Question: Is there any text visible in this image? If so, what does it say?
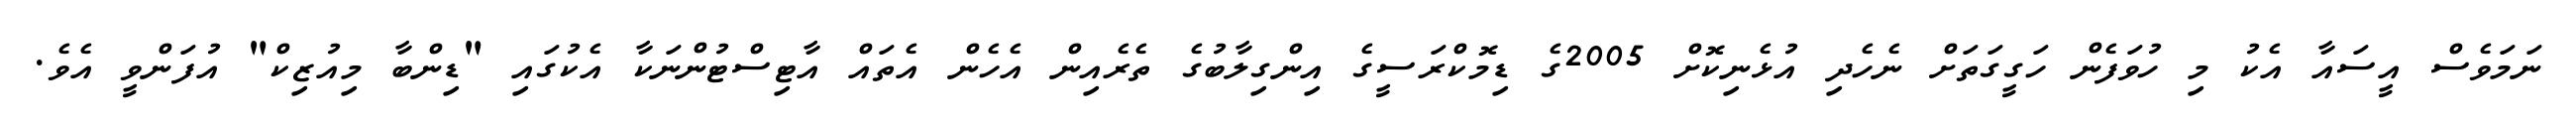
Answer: ނަމަވެސް އީސައާ އެކު މި ހުވަފެން ހަގީގަތަށް ނެހެދި އުޅެނިކޮށް 2005ގެ ޑިމޮކްރަސީގެ އިންގިލާބުގެ ތެރެއިން އެހެން އެތައް އާޓިސްޓުންނަކާ އެކުގައި "ޑިންބާ މިއުޒިކް" އުފަންވީ އެވެ.